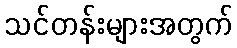
သင်တန်းများအတွက်